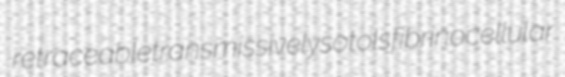
retraceable transmissively sotols fibrinocellular